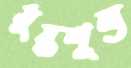
মুষ্কশূন্য